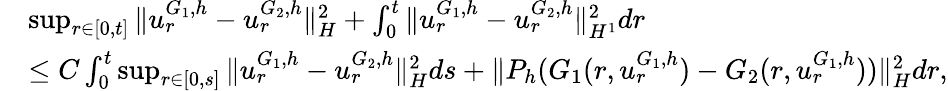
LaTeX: \begin{array}{rl}&{\operatorname*{sup}_{r\in[0,t]}\| u_{r}^{G_{1},h}-u_{r}^{G_{2},h}\| _{H}^{2}+\int_{0}^{t}\| u_{r}^{G_{1},h}-u_{r}^{G_{2},h}\| _{H^{1}}^{2}dr}\\ &{\leq C\int_{0}^{t}\operatorname*{sup}_{r\in[0,s]}\| u_{r}^{G_{1},h}-u_{r}^{G_{2},h}\| _{H}^{2}ds+\| P_{h}(G_{1}(r,u_{r}^{G_{1},h})-G_{2}(r,u_{r}^{G_{1},h}))\| _{H}^{2}dr,}\end{array}